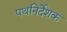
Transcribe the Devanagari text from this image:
पथनिर्देशक